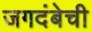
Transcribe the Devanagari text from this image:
जगदंबेची